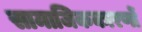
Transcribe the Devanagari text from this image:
सामाजिककारणों